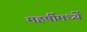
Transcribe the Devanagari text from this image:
महर्षीमध्यें